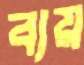
ব্যয়